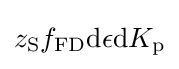
z_{\mathrm {S} }f_{\mathrm {FD} }\mathrm {d} {\it {\epsilon }}\mathrm {d} K_{\mathrm {p} }